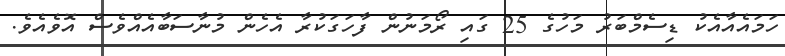
ހަމައެއާއެކު ޑިސެމްބަރު މަހުގެ 25 ގައި ރޯމަނުން ފާހަގަކުރާ އެހެން މުނާސަބާއެއްވެސް އޮވެއެެވެ.